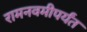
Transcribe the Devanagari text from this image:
रामनवमीपर्यंत